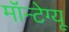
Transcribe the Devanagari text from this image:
मॉन्टेग्यू